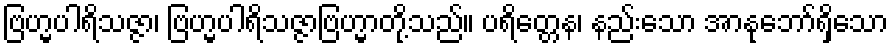
ဗြဟ္မပါရိသဇ္ဇာ၊ ဗြဟ္မပါရိသဇ္ဇာဗြဟ္မာတို့သည်။ ပရိတ္တေန၊ နည်းသော အာနုဘော်ရှိသော